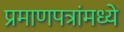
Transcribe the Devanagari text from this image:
प्रमाणपत्रांमध्ये